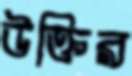
উক্তির